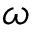
{ \boldsymbol \omega }